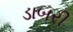
ડાબરી